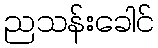
ညသန်းခေါင်